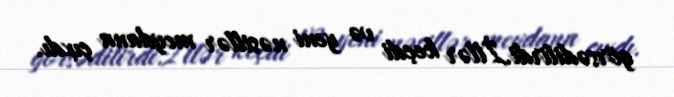
görsədilirdi.İllər keçdi və yeni nəsillər meydana çıxdı.